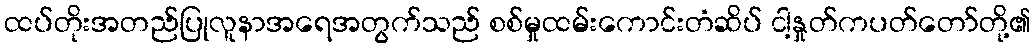
ထပ်တိုးအတည်ပြုလူနာအရေအတွက်သည် စစ်မှုထမ်းကောင်းတံဆိပ် ငါ့နှုတ်ကပတ်တော်တို့၏